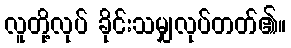
လူတို့လုပ် ခိုင်းသမျှလုပ်တတ်၏။